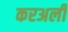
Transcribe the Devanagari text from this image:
करअली